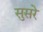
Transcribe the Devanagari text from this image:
सुसरे